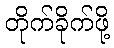
တိုက်ခိုက်ဖို့